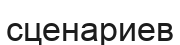
сценариев